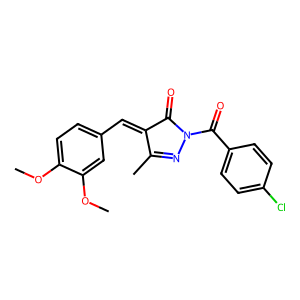
SMILES: COc1ccc(C=C2C(=O)N(C(=O)c3ccc(Cl)cc3)N=C2C)cc1OC
Inhibits HIV replication: No